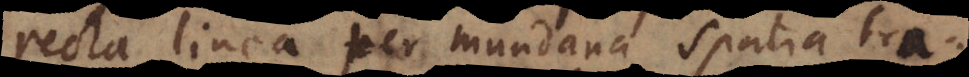
recta linea per mundana spatia tra